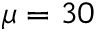
\mu = 3 0